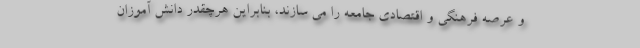
و عرصه فرهنگی و اقتصادی جامعه را می سازند، بنابراین هرچقدر دانش آموزان